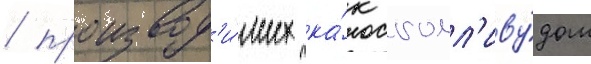
/ производ'и́мых ка́к голл'иву́дом